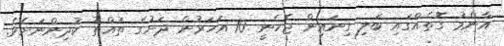
އާންމު ގޮތެއްގައި ބަލި ގިނައިން ޖެހެނީ 10 އަހަރުން ދަށުގެ ތުއްތު ކުދިންނަށެވެ.